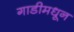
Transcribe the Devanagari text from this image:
गाडीमधून